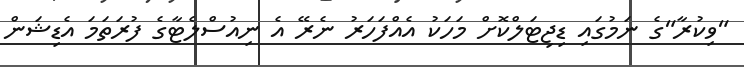
"ވިކުރާ"ގެ ނަމުގައި ޑިޖިޓަލްކޮށް މަހަކު އެއްފަހަރު ނެރޭ އެ ނިއުސްލެޓާގެ ފުރަތަމަ އެޑިޝަން